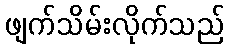
ဖျက်သိမ်းလိုက်သည်